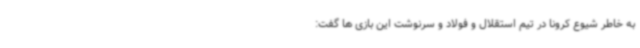
به خاطر شیوع کرونا در تیم استقلال و فولاد و سرنوشت این بازی ها گفت: